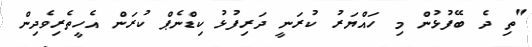
"ތި ދެ ބޭފުޅުން މި ހައްޔަރު ކުރަނީ ދަރިފުޅު ކިޑްނެޕް ކުރަން އެހީތެރިވެދިން